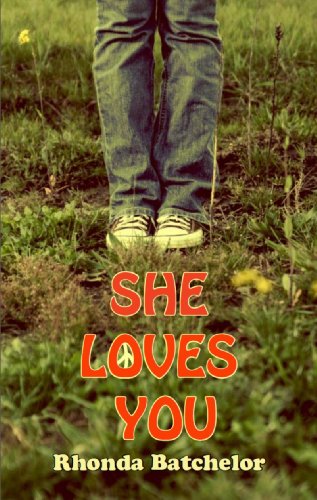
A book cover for She Loves You; Rhonda Batchelor; Teen & Young Adult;